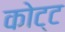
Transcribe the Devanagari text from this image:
कोट्ट